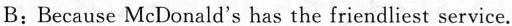
B:Because McDonald's has the friendliest service.